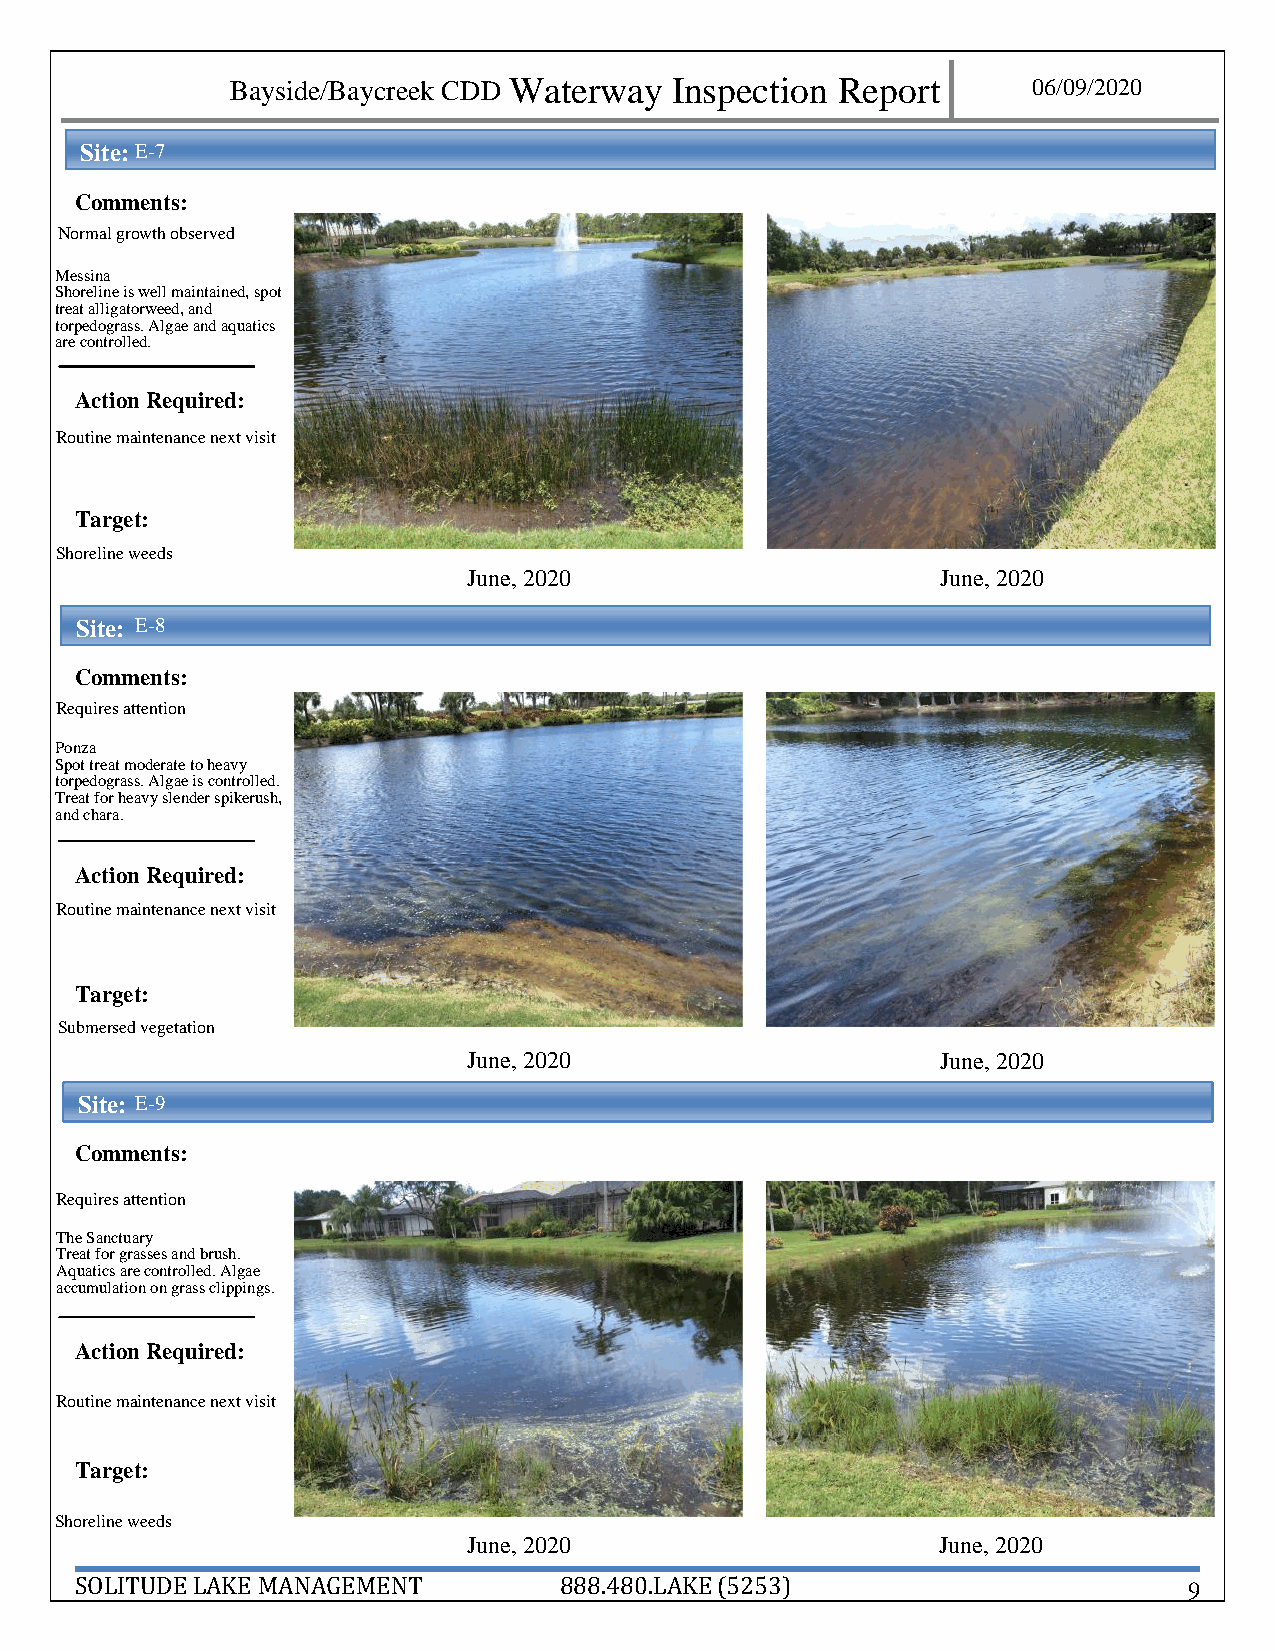
Bayside/Baycreek CDD Waterway Inspection Report      06/09 /2020
 Site: E -7
 Comments:
 Normal growth observed
 Me ssina
 Shoreline is well maintained, spot
 treat alligatorweed, and
 torpedograss. Algae and aquatics
 are controlled.
 Action Required:
 Ro utine maintenance next visit
 Target:
 Sho reline weeds
 June, 2020                     June, 2020
 Site: E - 8
 Comments:
 Requires attention
 Pon za
 Spot treat moderate to heavy
 torpedograss. Algae is controlled.
 Tre at for heavy slender spikerush,
 and chara.
 Action Required:
 Ro utine maintenance next visit
 Target:
 Su bmersed vegetation
 June, 2020                     June, 2020
 Site: E - 9
 Comments:
 Requires attention
 The Sanctuary
 Treat for grasses and brush.
 Aq uatics are controlled. Algae
 accumulation on grass clippings.
 Action Required:
 Routine maintenance next visit
 Target:
 Shoreline weeds
 June, 2020                     June, 2020
 SOLITUDE LAKE MANAGEMENT        888.480.LAKE (5253)                       9